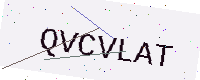
Text: QVCVLAT